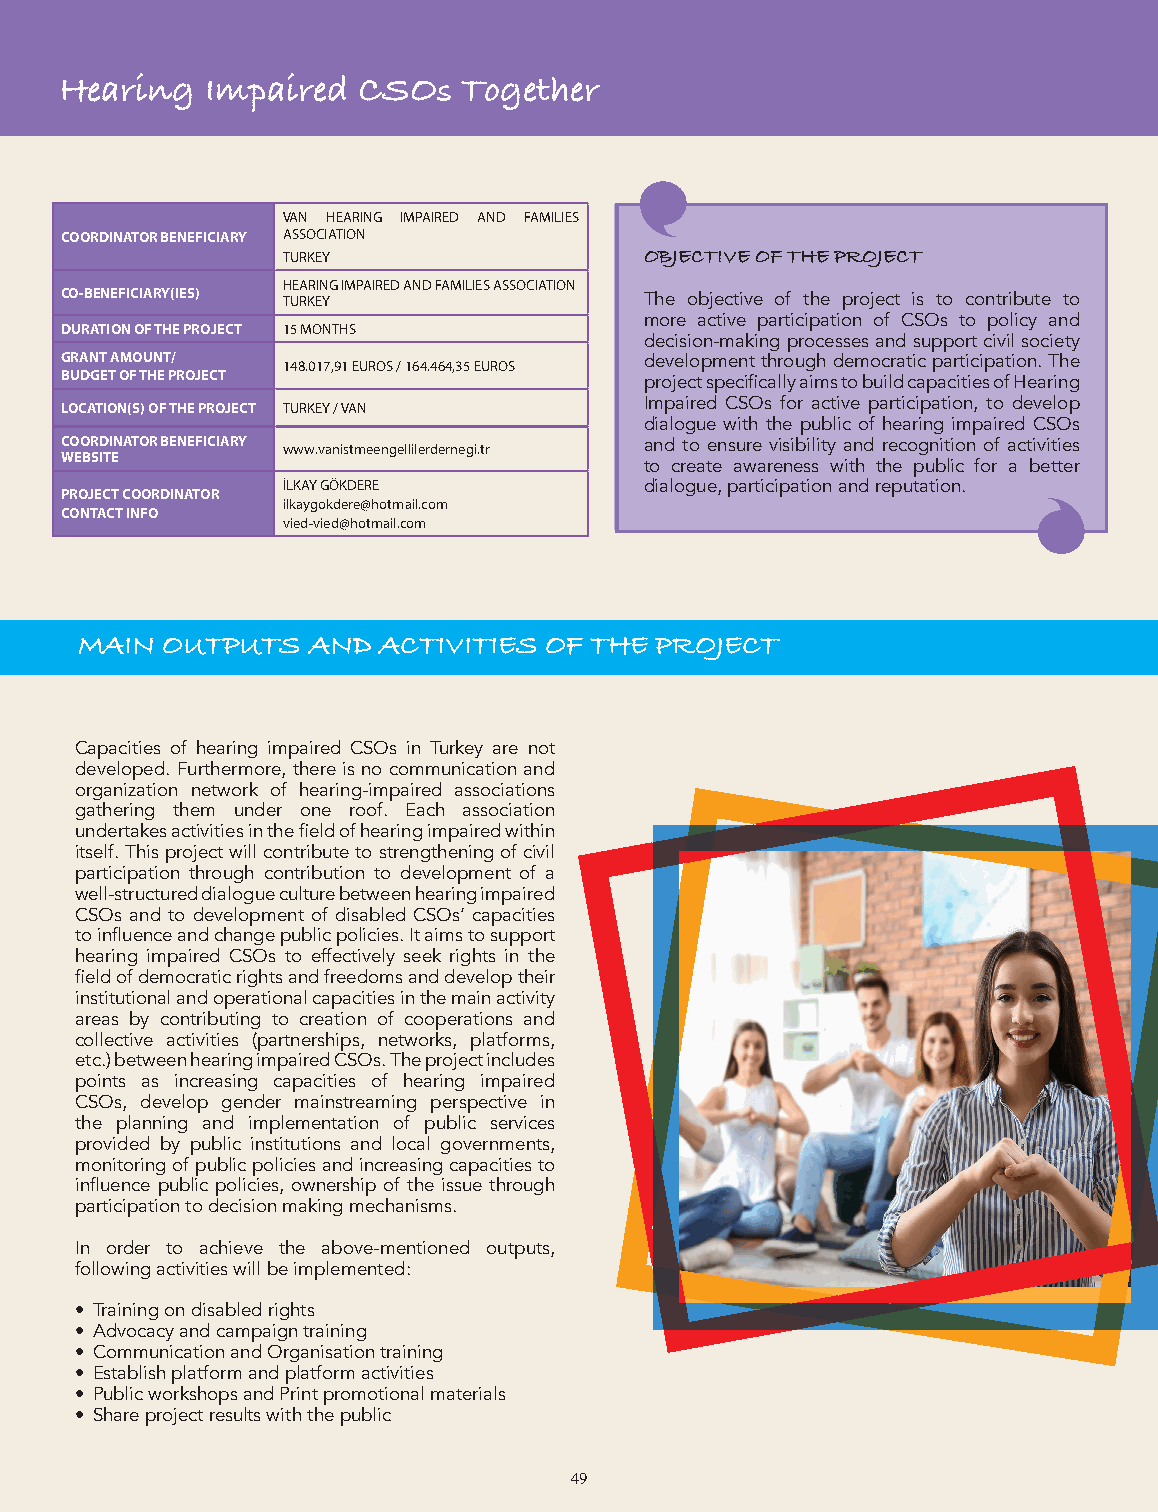
Social Cooperative Development Programme Hearing Impaired CSOs Together
 VAN HEARING IMPAIRED AND FAMILIES
 COORDINATOR BENEFICIARY ASSOCIATION
 TURKEY                  OBJECTIVE OF THE PROJECT
 HEARING IMPAIRED AND FAMILIES ASSOCIATION
 CO-BENEFICIARY(IES) TURKEY             The objective of the project is to contribute to
 more active participation of CSOs to policy and
 DURATION OF THE PROJECT 15 MONTHS
 decision-making processes and support civil society
 GRANT AMOUNT/  148.017,91 EUROS / 164.464,35 EUROS development through democratic participation. The
 BUDGET OF THE PROJECT                  project specifically aims to build capacities of Hearing
 Impaired CSOs for active participation, to develop
 LOCATION(S) OF THE PROJECT TURKEY / VAN
 dialogue with the public of hearing impaired CSOs
 COORDINATOR BENEFICIARY www.vanistmeengellilerdernegi.tr and to ensure visibility and recognition of activities
 WEBSITE
 to create awareness with the public for a better
 İLKAY GÖKDERE           dialogue, participation and reputation.
 PROJECT COORDINATOR
 ilkaygokdere@hotmail.com
 CONTACT INFO
 vied-vied@hotmail.com
 MAIN OUTPUTS AND ACTIVITIES OF THE PROJECT MAIN OUTPUTS AND ACTIVITIES OF THE PROJECT
 Capacities of hearing impaired CSOs in Turkey are not
 developed. Furthermore, there is no communication and
 organization network of hearing-impaired associations
 gathering them under one roof. Each association
 undertakes activities in the field of hearing impaired within
 itself. This project will contribute to strengthening of civil
 participation through contribution to development of a
 well-structured dialogue culture between hearing impaired
 CSOs and to development of disabled CSOs’ capacities
 to influence and change public policies. It aims to support
 hearing impaired CSOs to effectively seek rights in the
 field of democratic rights and freedoms and develop their
 institutional and operational capacities in the main activity
 areas by contributing to creation of cooperations and
 collective activities (partnerships, networks, platforms,
 etc.) between hearing impaired CSOs. The project includes
 points as increasing capacities of hearing impaired
 CSOs, develop gender mainstreaming perspective in
 the planning and implementation of public services
 provided by public institutions and local governments,
 monitoring of public policies and increasing capacities to
 influence public policies, ownership of the issue through
 participation to decision making mechanisms.
 In order to achieve the above-mentioned outputs,
 following activities will be implemented:
 • Training on disabled rights
 • Advocacy and campaign training
 • Communication and Organisation training
 • Establish platform and platform activities
 • Public workshops and Print promotional materials
 • Share project results with the public
 49